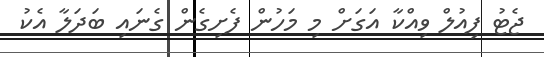
ޖެޓު ފިއުލް ވިއްކާ އަގަށް މި މަހުން ފެށިގެން ގެނައި ބަދަލާ އެކު